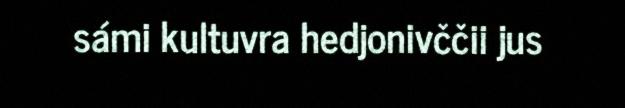
sámi kultuvra hedjonivččii jus